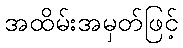
အထိမ်းအမှတ်ဖြင့်